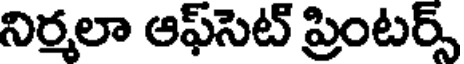
నిర్మలా ఆఫ్సెట్ ప్రింటర్స్